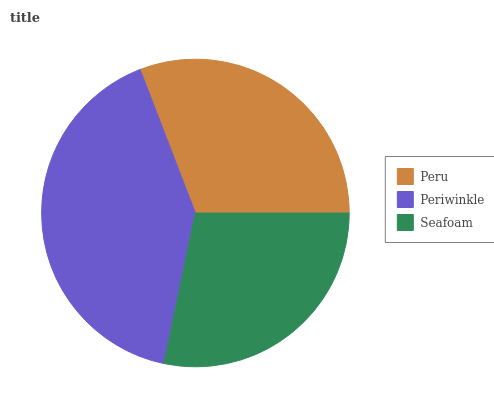
| Peru | Periwinkle | Seafoam |
 | --- | --- | --- |
 | 30.8% | 40.9% | 28.3% |